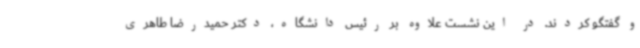
و گفتگو کردند. در این نشست علاوه بر رئیس دانشگاه، دکتر حمیدرضا طاهری